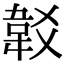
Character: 𩎔